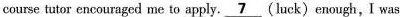
course tutor encouraged me to apply. \underline{7} (luck) enough, I was